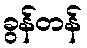
ခွန်တန်